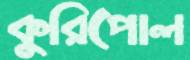
কুরিপোল